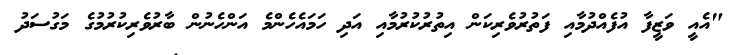
"އެއީ ވަޒީފާ އުފެއްދުމާއި ފަތުރުވެރިކަން އިތުރުކުރުމާއި އަދި ހަމައެހެންމެ އަންހެނުން ބާރުވެރިކުރުމުގެ މަގުސަދު